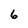
Character: 6